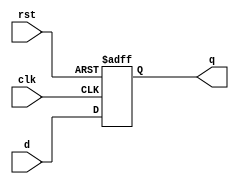


module sm_register
(
    input                 clk,
    input                 rst,
    input      [ 31 : 0 ] d,
    output reg [ 31 : 0 ] q
);
    always @ (posedge clk or negedge rst)
        if(~rst)
            q <= 32'b0;
        else
            q <= d;
endmodule


module sm_register_we
(
    input                 clk,
    input                 rst,
    input                 we,
    input      [ 31 : 0 ] d,
    output reg [ 31 : 0 ] q
);
    always @ (posedge clk or negedge rst)
        if(~rst)
            q <= 32'b0;
        else
            if(we) q <= d;
endmodule